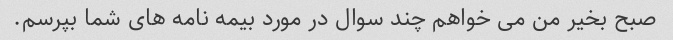
صبح بخیر من می خواهم چند سوال در مورد بیمه نامه های شما بپرسم.